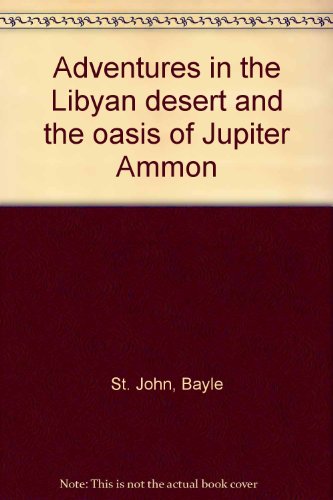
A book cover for Adventures in the Libyan desert and the oasis of Jupiter Ammon; Bayle St. John; Travel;